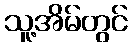
သူ့အိမ်တွင်